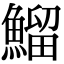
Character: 鰡